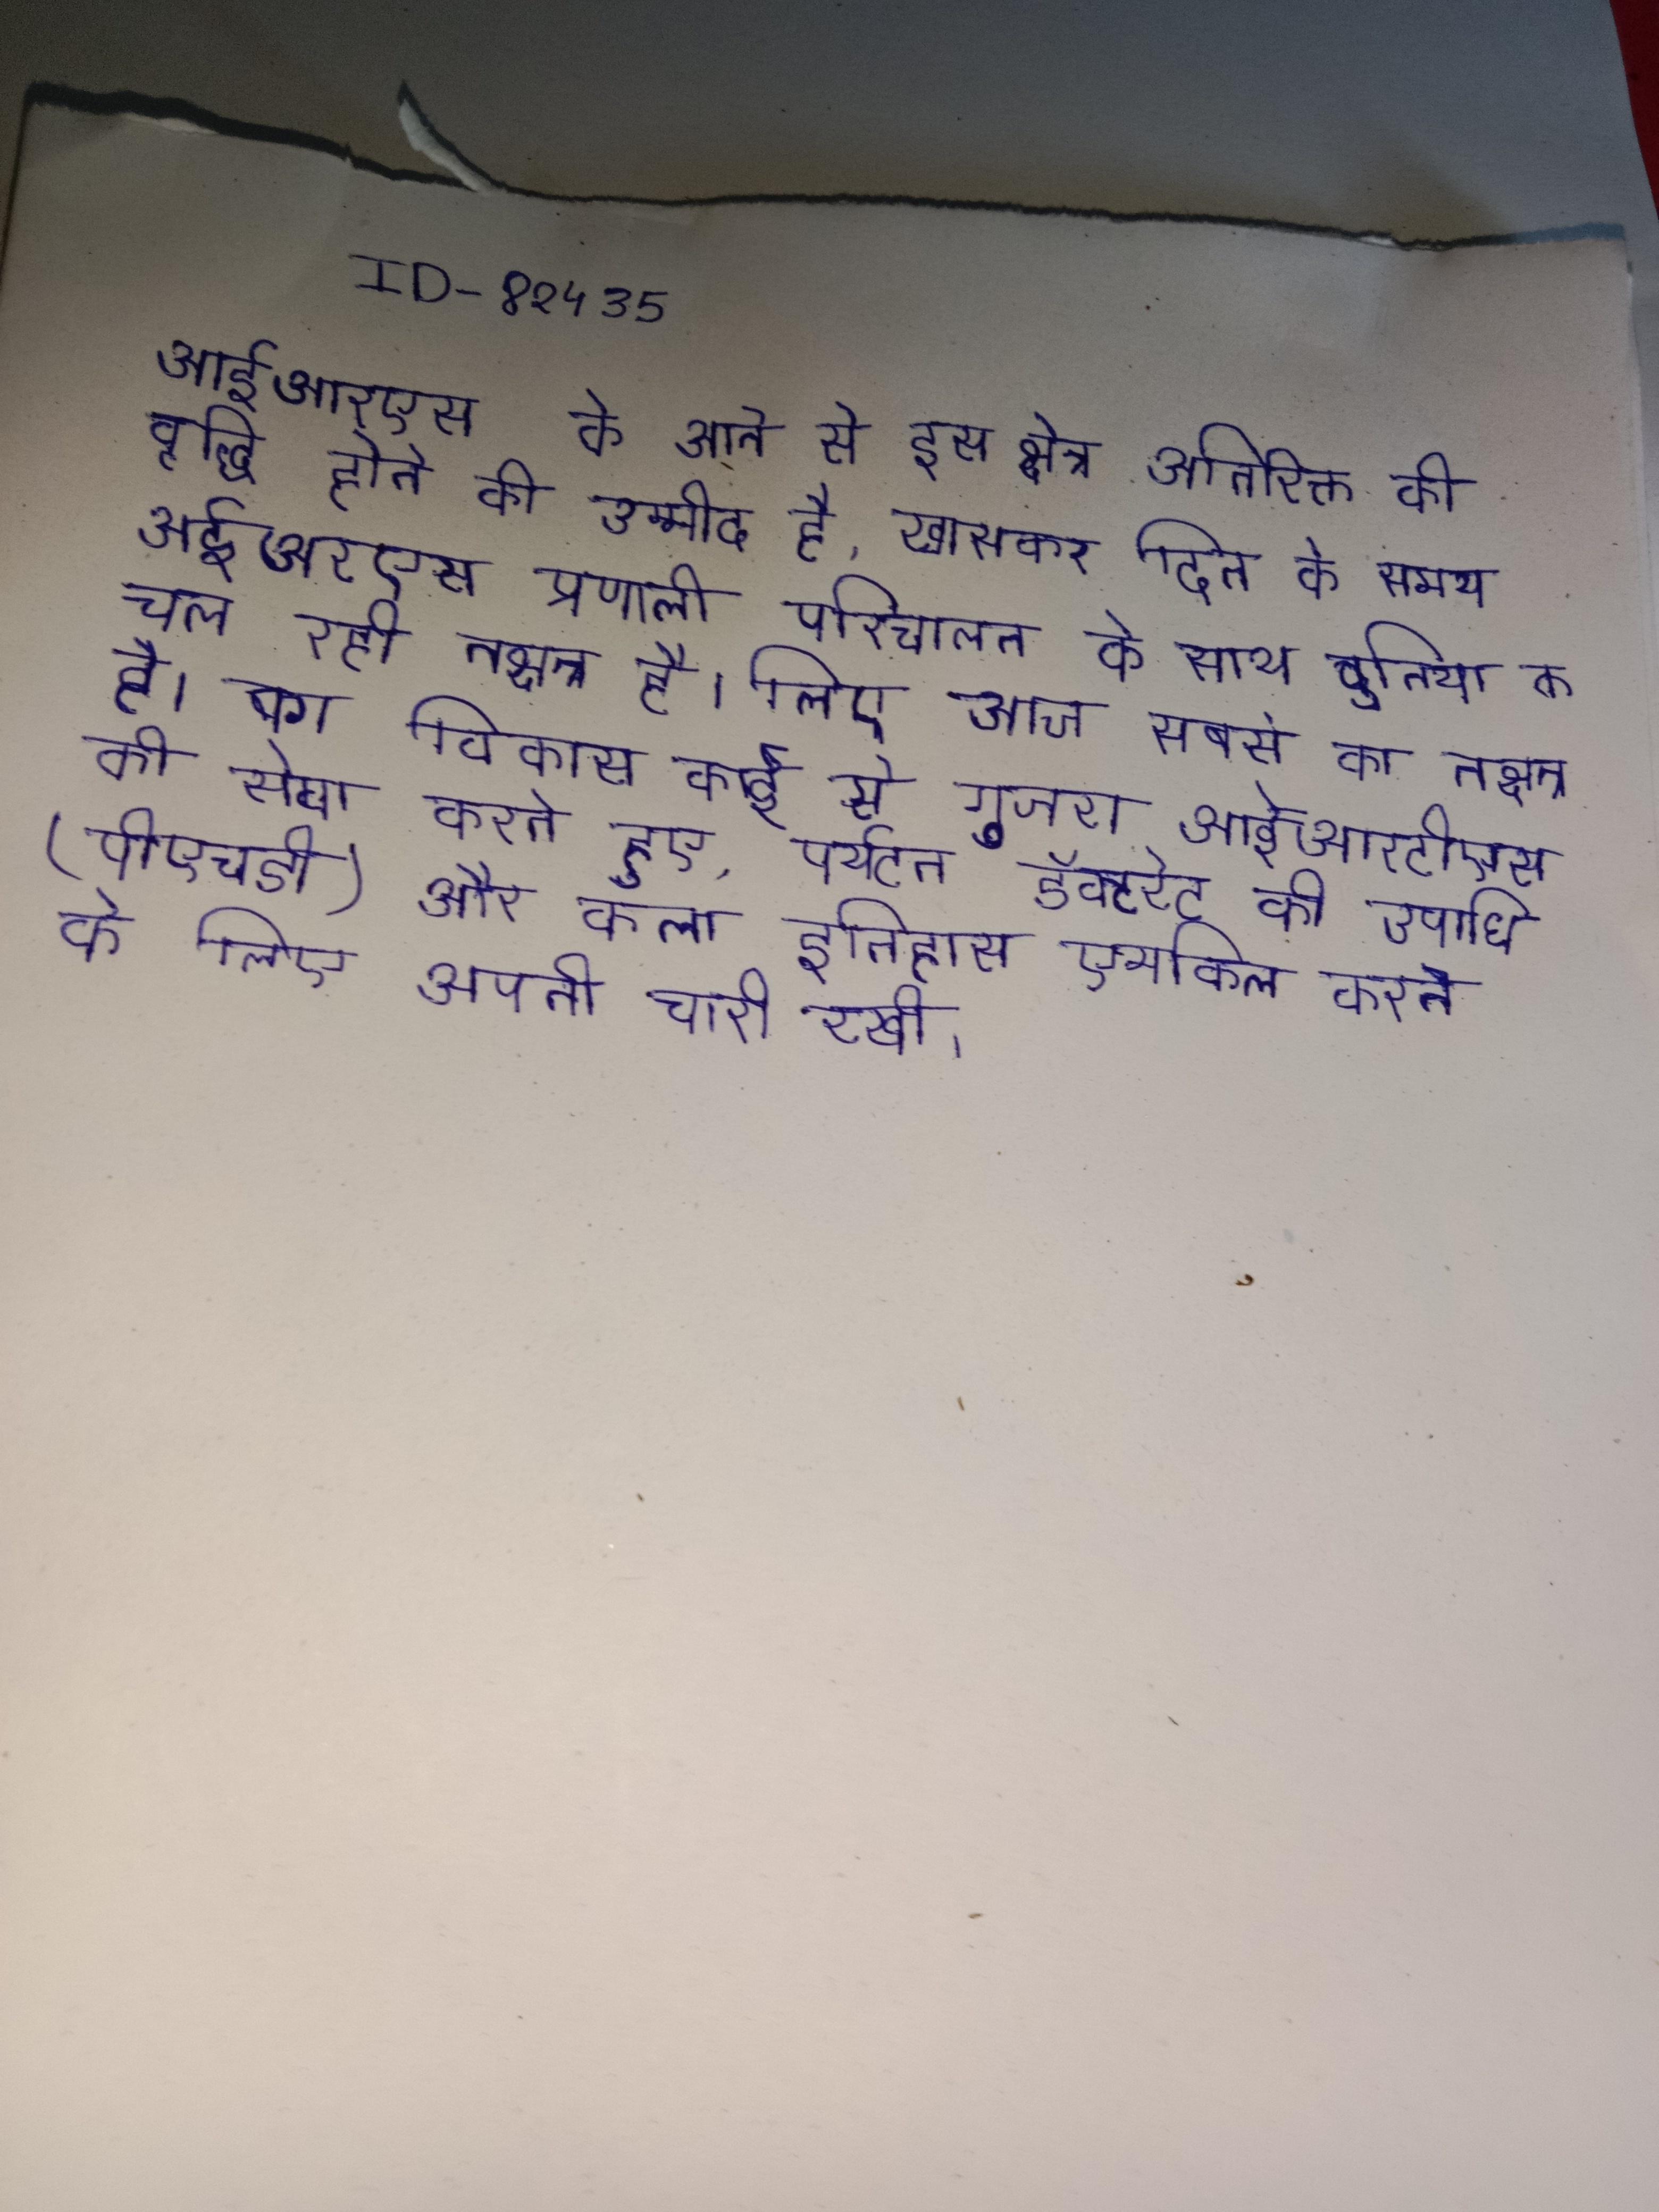
आईआरएस के आने से इस क्षेत्र अतिरिक्त की वृद्धि होने की उम्मीद है, खासकर दिन के समय . आईआरएस प्रणाली परिचालन के साथ दुनिया चल रही नागरिक उपयोग के लिए आज सबसे का नक्षत्र है । का विकास कई से गुजरा आईआरटीएस की सेवा करते हुए, पर्यटन डॉक्टरेट की उपाधि (पीएचडी) और कला इतिहास एमफिल करने के लिए अपनी जारी रखी ।